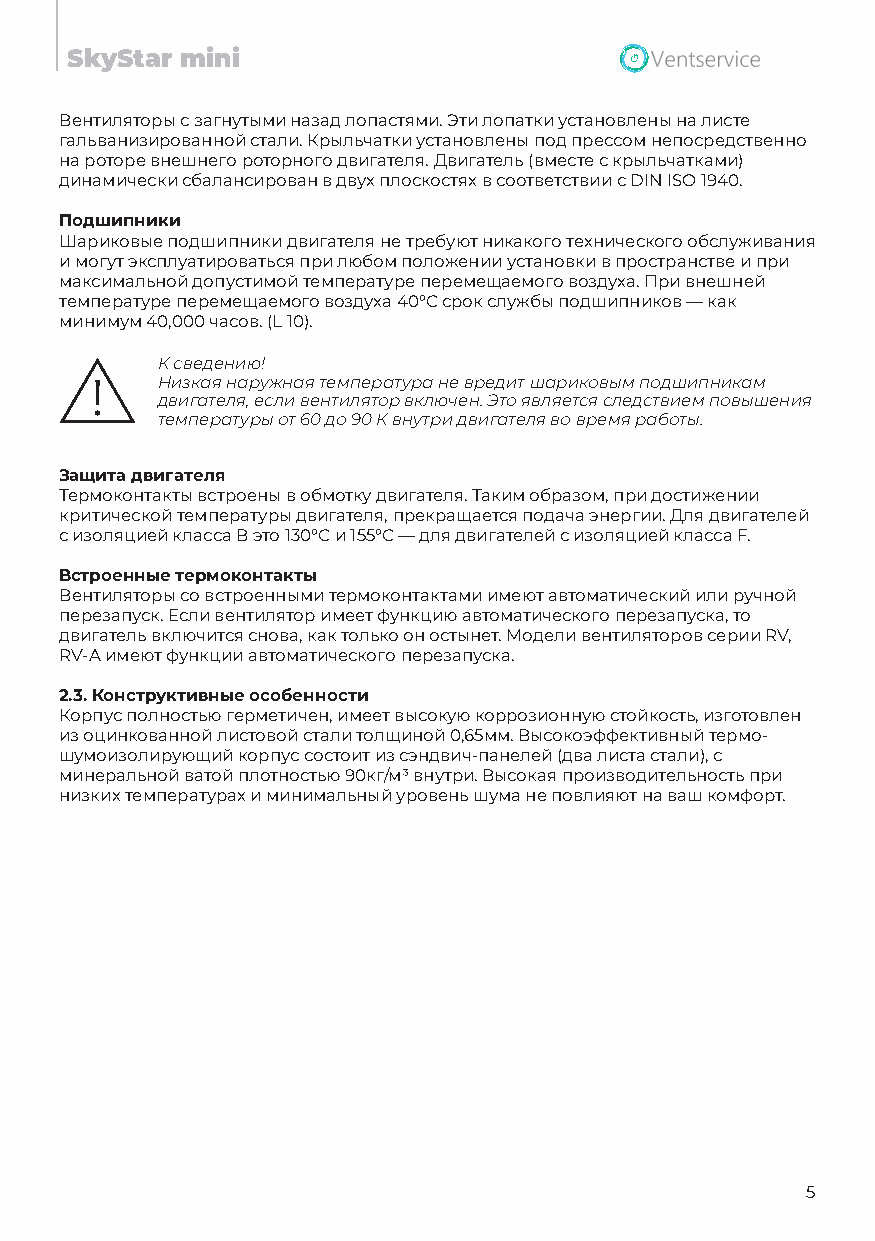
SkyStar mini
 Вентиляторы с загнутыми назад лопастями. Эти лопатки установлены на листе
 гальванизированной стали. Крыльчатки установлены под прессом непосредственно
 на роторе внешнего роторного двигателя. Двигатель (вместе с крыльчатками)
 динамически сбалансирован в двух плоскостях в соответствии с DIN ISO 1940.
 Подшипники
 Шариковые подшипники двигателя не требуют никакого технического обслуживания
 и могут эксплуатироваться при любом положении установки в пространстве и при
 максимальной допустимой температуре перемещаемого воздуха. При внешней
 температуре перемещаемого воздуха 40°С срок службы подшипников — как
 минимум 40,000 часов. (L 10).
 К сведению!
 Низкая наружная температура не вредит шариковым подшипникам
 двигателя, если вентилятор включен. Это является следствием повышения
 температуры от 60 до 90 К внутри двигателя во время работы.
 Защита двигателя
 Термоконтакты встроены в обмотку двигателя. Таким образом, при достижении
 критической температуры двигателя, прекращается подача энергии. Для двигателей
 с изоляцией класса В это 130°С и 155°С — для двигателей с изоляцией класса F.
 Встроенные термоконтакты
 Вентиляторы со встроенными термоконтактами имеют автоматический или ручной
 перезапуск. Если вентилятор имеет функцию автоматического перезапуска, то
 двигатель включится снова, как только он остынет. Модели вентиляторов серии RV,
 RV-A имеют функции автоматического перезапуска.
 2.3. Конструктивные особенности
 Корпус полностью герметичен, имеет высокую коррозионную стойкость, изготовлен
 из оцинкованной листовой стали толщиной 0,65мм. Высокоэффективный термо-
 шумоизолирующий корпус состоит из сэндвич-панелей (два листа стали), с
 минеральной ватой плотностью 90кг/м³ внутри. Высокая производительность при
 низких температурах и минимальный уровень шума не повлияют на ваш комфорт.
 5